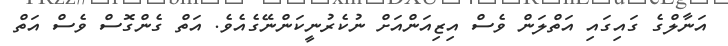
އަނާލްގެ ގައިގައި އަތްލަން ވެސް އިޒިއަންއަށް ނުކެރުނީކަންނޭގެއެވެ. އަތް ގެންގޮސް ވެސް އަތް